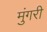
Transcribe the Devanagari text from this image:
मुंगरी